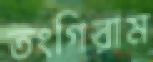
তংগিরাম